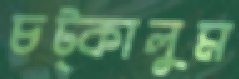
চট্‌কালুম